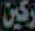
ركين